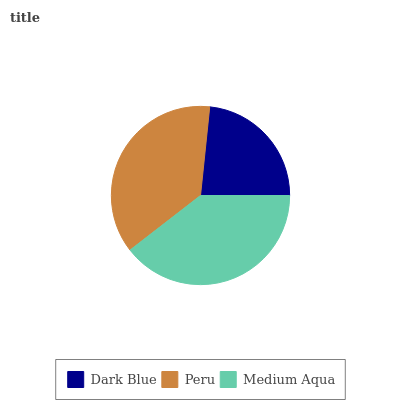
| Dark Blue | Peru | Medium Aqua |
 | --- | --- | --- |
 | 23.4% | 37.1% | 39.5% |